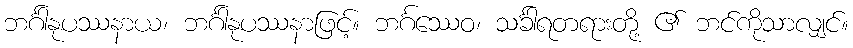
ဘင်္ဂါနုပဿနာယ၊ ဘင်္ဂါနုပဿနာဖြင့်။ ဘင်္ဂဿေဝ၊ သင်္ခါရတရားတို့ ၏ ဘင်ကိုသာလျှင်။